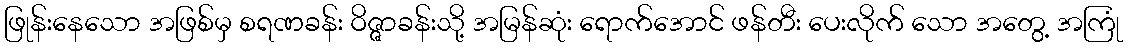
ဖြုန်းနေသော အဖြစ်မှ စရဏခန်း ဝိဇ္ဇာခန်းသို့ အမြန်ဆုံး ရောက်အောင် ဖန်တီး ပေးလိုက် သော အတွေ့ အကြုံ